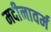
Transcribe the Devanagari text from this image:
मदीनावर्म